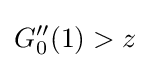
G_{0}''(1)>z